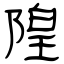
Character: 隍